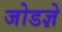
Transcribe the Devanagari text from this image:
जोडज्ञे